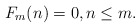
\begin{align*}F_m(n) = 0, n \leq m.\end{align*}